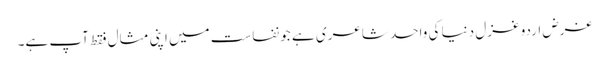
غرض اردو غزل دنیا کی واحد شاعری ہے جو نفاست میں اپنی مثال فقط آپ ہے۔